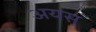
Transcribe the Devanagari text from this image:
अयस्‌